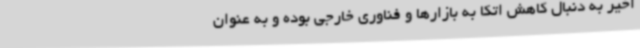
اخیر به دنبال کاهش اتکا به بازارها و فناوری خارجی بوده و به عنوان